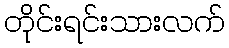
တိုင်းရင်းသားလက်